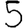
Digit: 5